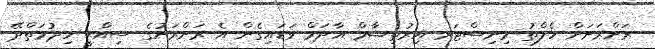
ރަށްރަށަށް ހެލްތު މިނިސްޓަރ އިރުތިޝާމް އާދަމް ވަޑައިގެން އެ ރަށްރަށުގެ ސިއްޙީ ހިދުމަތްދޭ